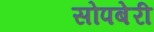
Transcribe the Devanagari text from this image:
सोपबेरी